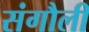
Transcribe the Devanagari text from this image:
संगौली